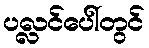
ပလ္လင်ပေါ်တွင်